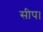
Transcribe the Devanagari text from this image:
सीप।